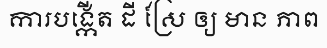
ការបង្កើត ដី ស្រែ ឲ្យ មាន ភាព